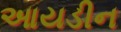
આયડીન